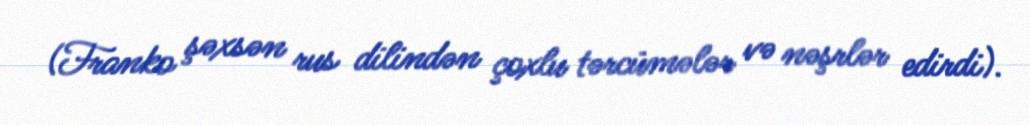
(Franko şəxsən rus dilindən çoxlu tərcümələr və nəşrlər edirdi).